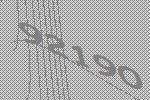
92190